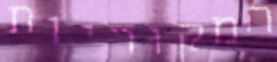
המקוריות